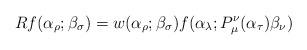
LaTeX: \begin{align*}Rf(\alpha_\rho;\beta_\sigma) =w(\alpha_\rho; \beta_\sigma)f(\alpha_\lambda;P_\mu^\nu(\alpha_\tau)\beta_\nu) \end{align*}